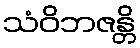
သံဝိဘဇန္တိ